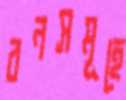
বনসমূহে